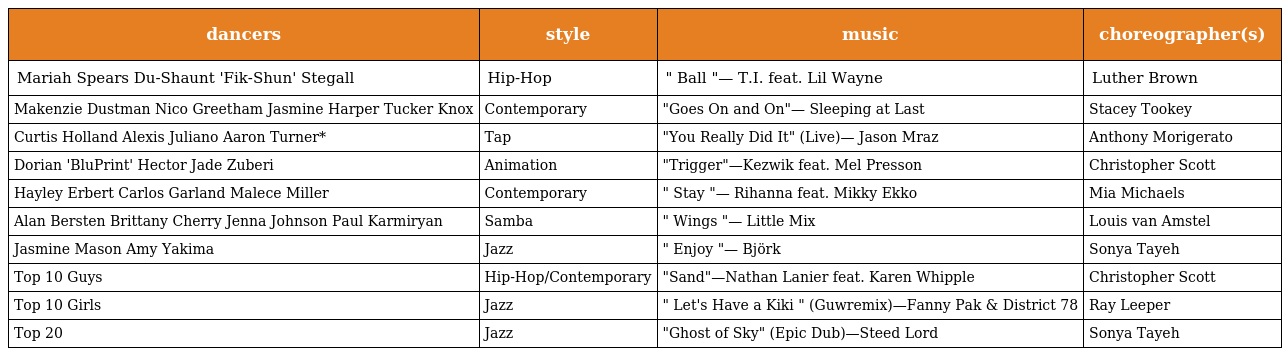
| dancers | style | music | choreographer(s) |
 | --- | --- | --- | --- |
 | Mariah Spears Du-Shaunt 'Fik-Shun' Stegall | Hip-Hop | " Ball "— T.I. feat. Lil Wayne | Luther Brown |
 | Makenzie Dustman Nico Greetham Jasmine Harper Tucker Knox | Contemporary | "Goes On and On"— Sleeping at Last | Stacey Tookey |
 | Curtis Holland Alexis Juliano Aaron Turner* | Tap | "You Really Did It" (Live)— Jason Mraz | Anthony Morigerato |
 | Dorian 'BluPrint' Hector Jade Zuberi | Animation | "Trigger"—Kezwik feat. Mel Presson | Christopher Scott |
 | Hayley Erbert Carlos Garland Malece Miller | Contemporary | " Stay "— Rihanna feat. Mikky Ekko | Mia Michaels |
 | Alan Bersten Brittany Cherry Jenna Johnson Paul Karmiryan | Samba | " Wings "— Little Mix | Louis van Amstel |
 | Jasmine Mason Amy Yakima | Jazz | " Enjoy "— Björk | Sonya Tayeh |
 | Top 10 Guys | Hip-Hop/Contemporary | "Sand"—Nathan Lanier feat. Karen Whipple | Christopher Scott |
 | Top 10 Girls | Jazz | " Let's Have a Kiki " (Guwremix)—Fanny Pak & District 78 | Ray Leeper |
 | Top 20 | Jazz | "Ghost of Sky" (Epic Dub)—Steed Lord | Sonya Tayeh |